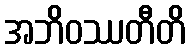
အဘိဝဿတီတိ